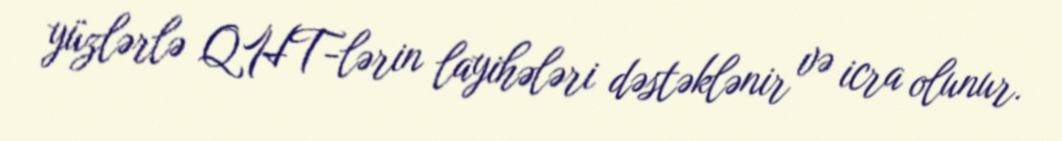
yüzlərlə QHT-lərin layihələri dəstəklənir və icra olunur.